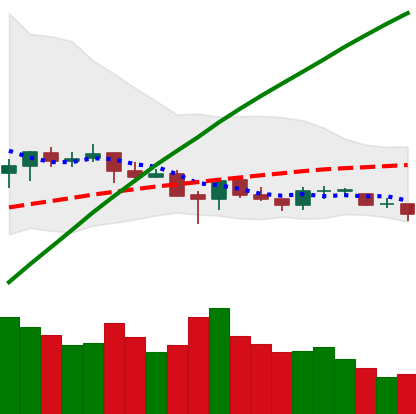
Ticker: ETC-USD
Chart end date: 2021-06-18
Forward return: -22.798%
Label: down_7plus